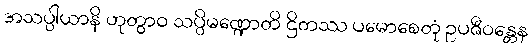
အသပ္ပါယာနိ ဟုတွာဝ သပ္ပိမဏ္ဍောတိ ဌိတဿ ပမောစေတုံ ဥပဇီဝန္တေန